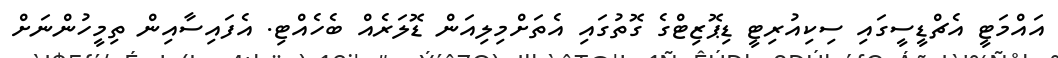
އައްމަޓީ އެޗްޑީސީގައި ސިކިއުރިޓީ ޑިޕޮޒިޓްގެ ގޮތުގައި އެތަށްމިލިއަން ޑޮލަރެއް ބެހެއްޓި. އެފައިސާއިން ތިމީހުންނަށް